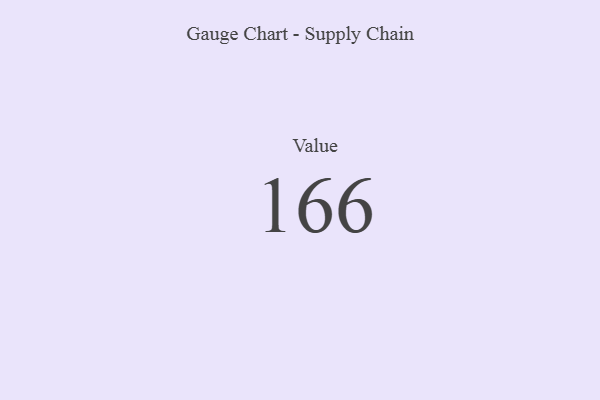
{"axis": {"x": "Metric", "y": "Value"}, "legend": [""], "data": [{"x": "Value", "y": 166, "type": ""}]}